Scottish Certificate of Education, 1962
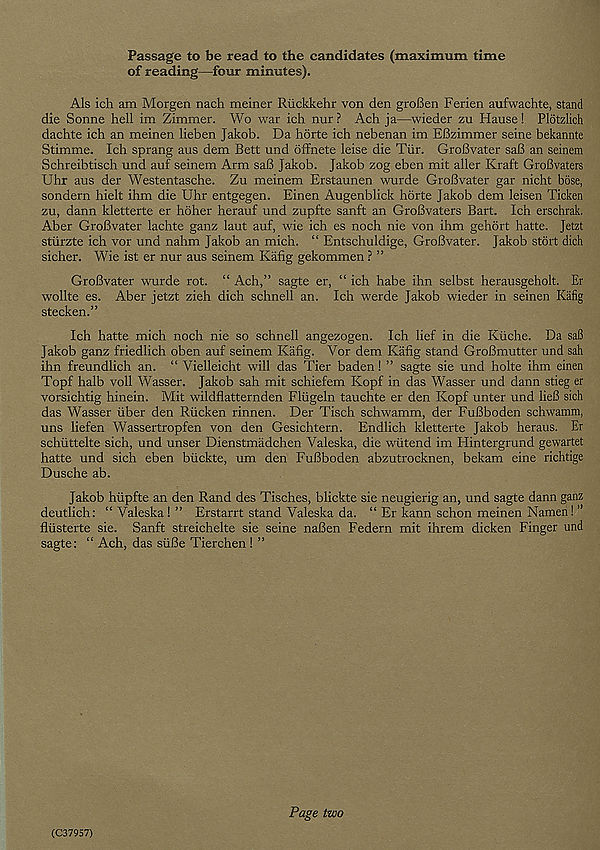
Passage to be read to the candidates (maximum time
of reading—four minutes).
Als ich am Morgen nach meiner Riickkehr von den groBen Ferien aufwachte, stand
die Sonne hell im Zimmer. Wo war ich nur ? Ach ja—wieder zu Hause! Plotzlich
dachte ich an meinen lieben Jakob. Da horte ich nebenan im EBzimmer seine bekannte
Stimme. Ich sprang aus dem Bett und offnete leise die Tiir. GroBvater saB an seinem
Schreibtisch und auf seinem Arm saB Jakob. Jakob zog eben mit aller Kraft GroBvaters
Uhr aus der Westentasche. Zu meinem Erstaunen wurde GroBvater gar nicht bose,
sondern hielt ihm die Uhr entgegen. Einen Augenblick horte Jakob dem leisen Ticken
zu, dann kletterte er hoher herauf und zupfte sanft an GroBvaters Bart. Ich erschrak.
Aber GroBvater lachte ganz laut auf, wie ich es noch nie von ihm gehort hatte. Jetzt
stiirzte ich vor und nahm Jakob an mich. “ Entschuldige, GroBvater. Jakob stort dich
sicher. Wie ist er nur aus seinem Kafig gekommen ? ”
GroBvater wurde rot. “ Ach,” sagte er, “ ich habe ihn selbst herausgeholt. Er
wollte es. Aber jetzt zieh dich schnell an. Ich werde Jakob wieder in seinen Kafig
stecken.”
Ich hatte mich noch nie so schnell angezogen. Ich lief in die Kiiche. Da saB
Jakob ganz friedlich oben auf seinem Kafig. Vor dem Kafig stand GroBmutter und sah
ihn freundlich an. “ Vielleicht will das Tier baden ! ” sagte sie und holte ihm einen
Topf halb voll Wasser. Jakob sah mit schiefem Kopf in das Wasser und dann stieg er
vorsichtig hinein. Mit wildflatternden Fliigeln tauchte er den Kopf unter und lieB sich
das Wasser tiber den Riicken rinnen. Der Tisch schwamm, der FuBboden schwamm,
uns liefen Wassertropfen von den Gesichtern. Endlich kletterte Jakob heraus. Er
schiittelte sich, und unser Dienstmadchen Valeska, die writ end im Flintergrund gewartet
hatte und sich eben biickte, um den FuBboden abzutrocknen, bekam eine richtige
Dusche ab.
Jakob hiipfte an den Rand des Tisches, biickte sie neugierig an, und sagte dann ganz
deutlich: “Valeska!” Erstarrt stand Valeska da. “ Er kann schon meinen Namen! ”
fliisterte sie. Sanft streichelte sie seine naBen Federn mit ihrem dicken Finger und
sagte: “ Ach, das siiBe Tierchen ! ”
(C37957)
Page two